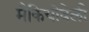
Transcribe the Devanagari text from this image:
मैकियोवेली